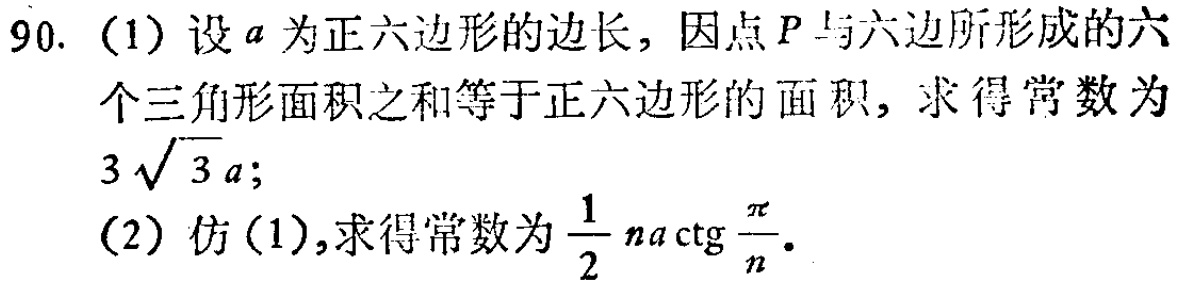
90. (1) 设\(a\)为正六边形的边长，因点\(P\)与六边所形成的六个三角形面积之和等于正六边形的面积，求得常数为\(3\sqrt{3}a\)；
(2) 仿(1),求得常数为\(\frac{1}{2}na\mathrm{ctg}\frac{\pi}{n}\).